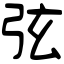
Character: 弦